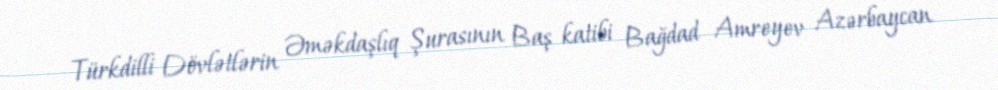
Türkdilli Dövlətlərin Əməkdaşlıq Şurasının Baş katibi Bağdad Amreyev Azərbaycan